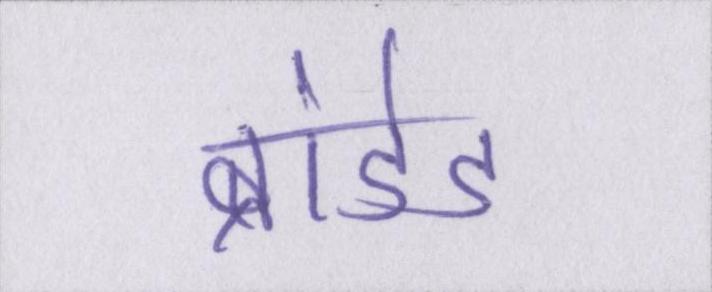
ब्रांडेड